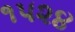
૧૫૨૪